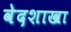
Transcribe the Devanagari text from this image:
वेदशाखा